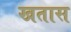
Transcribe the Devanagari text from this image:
खतास